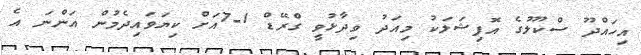
އިހައްދޫ ސްކޫލުގެ އޮފިޝަލަކު މިއަދު ވިދާޅުވީ ގްރޭޑް 1-7އަށް ކިޔަވައިދެމުން އަންނަ އެ